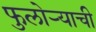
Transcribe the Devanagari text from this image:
फुलोऱ्याची